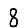
Digit: 8